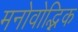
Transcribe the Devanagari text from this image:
मनोवोद्भिक